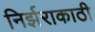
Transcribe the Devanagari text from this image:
निर्झराकाठी